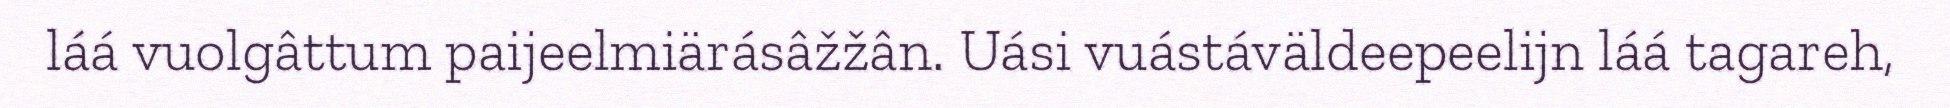
láá vuolgâttum paijeelmiärásâžžân. Uási vuástáväldeepeelijn láá tagareh,